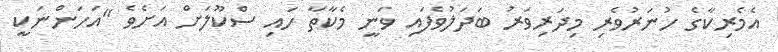
އެމެރިކާގެ ހުނަރުވެރި މިދަރިވަރު ބަދަލުވެފައި ވަނީ މެކާތާ ހައި ސްކޫލަށް އަށެވެ "އަހަންނަކީ